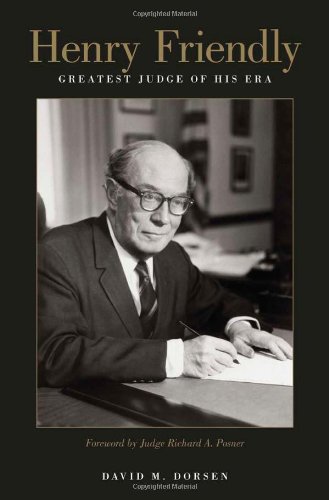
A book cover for Henry Friendly, Greatest Judge of His Era; David M. Dorsen; Law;